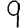
Digit: 9